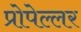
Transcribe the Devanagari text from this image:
प्रोपेल्लर